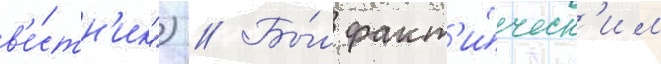
в'е́стн'ик") // Бы́л факт'и́ческ'им